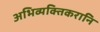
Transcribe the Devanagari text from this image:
अभिव्यक्तिकरानि